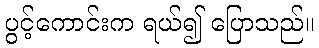
ပွင့်ကောင်းက ရယ်၍ ပြောသည်။